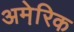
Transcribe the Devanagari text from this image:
अमेरि़क